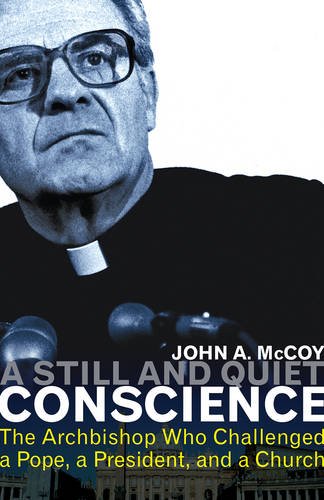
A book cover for A Still and Quiet Conscience: The Archbishop Who Challenged a Pope, a President, and a Church; John A. McCoy; Biographies & Memoirs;